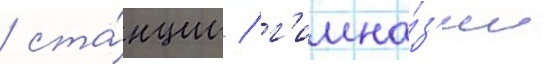
/ ста́нции / г'имна́з'ии